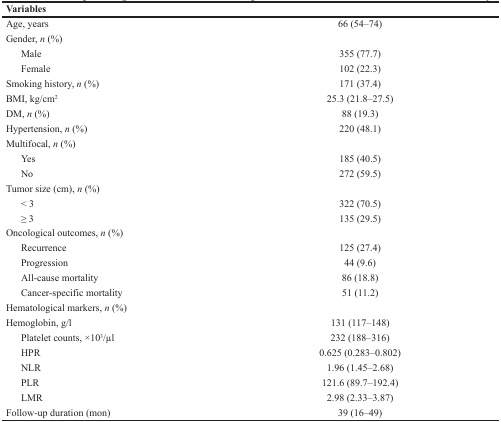
<table><thead><tr><td><b>Variables</b></td><td></td></tr></thead><tbody><tr><td>Age, years</td><td>66 (54–74)</td></tr><tr><td>Gender, <i>n</i> (%)</td><td></td></tr><tr><td> Male</td><td>355 (77.7)</td></tr><tr><td> Female</td><td>102 (22.3)</td></tr><tr><td>Smoking history, <i>n</i> (%)</td><td>171 (37.4)</td></tr><tr><td>BMI, kg/cm<sup>2</sup></td><td>25.3 (21.8–27.5)</td></tr><tr><td>DM, <i>n</i> (%)</td><td>88 (19.3)</td></tr><tr><td>Hypertension, <i>n</i> (%)</td><td>220 (48.1)</td></tr><tr><td>Multifocal, <i>n</i> (%)</td><td></td></tr><tr><td> Yes</td><td>185 (40.5)</td></tr><tr><td> No</td><td>272 (59.5)</td></tr><tr><td>Tumor size (cm), <i>n</i> (%)</td><td></td></tr><tr><td> &lt; 3</td><td>322 (70.5)</td></tr><tr><td> ≥ 3</td><td>135 (29.5)</td></tr><tr><td>Oncological outcomes, <i>n</i> (%)</td><td></td></tr><tr><td> Recurrence</td><td>125 (27.4)</td></tr><tr><td> Progression</td><td>44 (9.6)</td></tr><tr><td> All-cause mortality</td><td>86 (18.8)</td></tr><tr><td> Cancer-specific mortality</td><td>51 (11.2)</td></tr><tr><td>Hematological markers, <i>n</i> (%)</td><td></td></tr><tr><td>Hemoglobin, g/l</td><td>131 (117–148)</td></tr><tr><td> Platelet counts, ×10<sup>3</sup>/μl</td><td>232 (188–316)</td></tr><tr><td> HPR</td><td>0.625 (0.283–0.802)</td></tr><tr><td> NLR</td><td>1.96 (1.45–2.68)</td></tr><tr><td> PLR</td><td>121.6 (89.7–192.4)</td></tr><tr><td> LMR</td><td>2.98 (2.33–3.87)</td></tr><tr><td>Follow-up duration (mon)</td><td>39 (16–49)</td></tr></tbody></table>